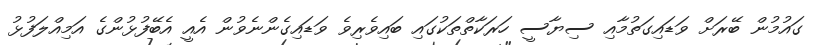
ގައުމުން ބޭރަށް ވަޑައިގަތުމާއި ސިޔާސީ ހަރަކާތްތަކުގައި ބައިވެރިވެ ވަޑައިގެންނެވުން އެއީ އެބޭފުޅުންގެ އަމިއްލަފުޅު